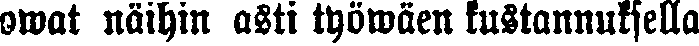
owat näihin asti työwäen kustannuksella